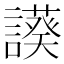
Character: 𧬧